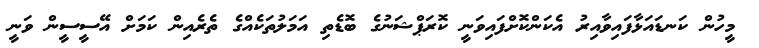
މީހުން ކަނޑައަޅާފައިވާއިރު އެކަންކޮށްފައިވަނީ ކޮރަޕްޝަނުގެ ބޮޑެތި އަމަލުތަކެއްގެ ތެރެއިން ކަމަށް އޭސީސީން ވަނީ